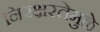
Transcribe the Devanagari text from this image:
निरक्षरतेमुळे